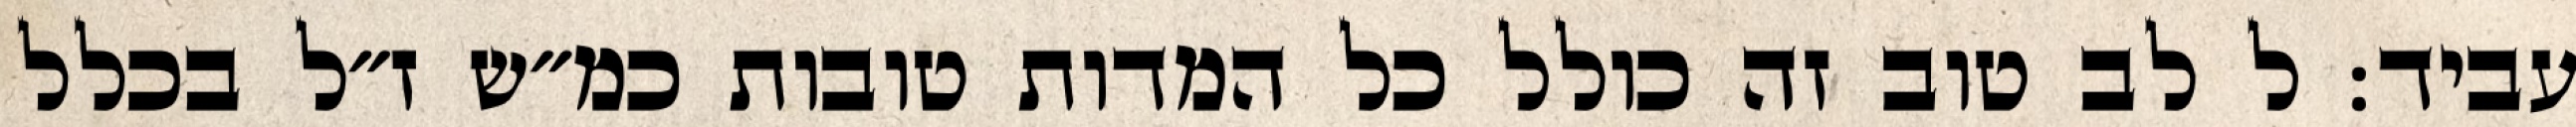
עביד: ל לב טוב זה כולל כל המדות טובות כמ״ש ז״ל בכלל